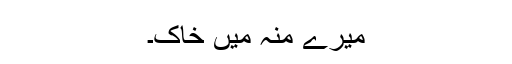
میرے منہ میں خاک۔